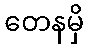
တေနမှိ